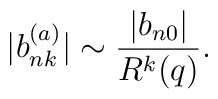
|b_{nk}^{(a)}| \sim \frac{|b_{n0}|}{R^k(q)}.